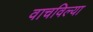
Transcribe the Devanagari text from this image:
वाचविल्या